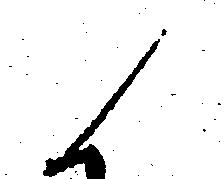
候